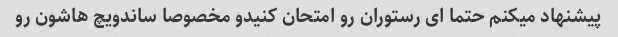
پیشنهاد میکنم حتما ای رستوران رو امتحان کنیدو مخصوصا ساندویچ هاشون رو